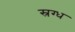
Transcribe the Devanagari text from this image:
स्रग्ध